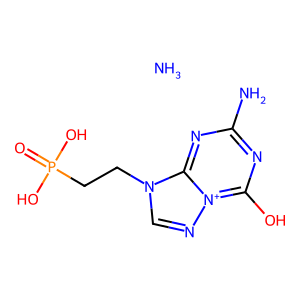
SMILES: N.Nc1nc(O)[n+]2ncn(CCP(=O)(O)O)c2n1
Inhibits HIV replication: No